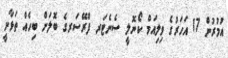
އުމުރުން 17 އަހަރުގެ ވިލިއަމް ކޯނޮލީ ސެނެޓަރ ފްރޭސަރގެ ބޮލަށް ބިހެއް ތަޅާނީ